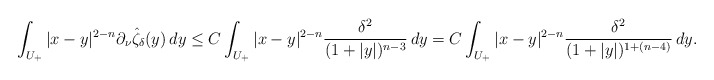
\begin{align*}&\int_{U_+}|x-y|^{2-n}\partial_\nu \hat\zeta_\delta(y)\, dy\leq C\int_{U_+}|x-y|^{2-n}\frac{\delta^2}{(1+|y|)^{n-3}}\, dy= C\int_{U_+}|x-y|^{2-n}\frac{\delta^2}{(1+|y|)^{1+(n-4)}}\, dy.\end{align*}